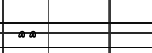
١٨